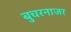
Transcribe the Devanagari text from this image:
बुचरनाजर